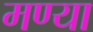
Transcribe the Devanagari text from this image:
मण्या